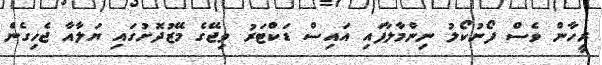
ރީހާން ވެސް ފޯނުކޯލު ނިންމާލާފައި އައިސް ޑަކްޓަރު ވިޖޭގެ މޭޒުދޮށުގައި ޔަލާއާ ޖެހިގެން